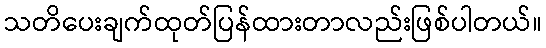
သတိပေးချက်ထုတ်ပြန်ထားတာလည်းဖြစ်ပါတယ်။